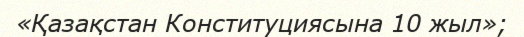
«Қазақстан Конституциясына 10 жыл»;